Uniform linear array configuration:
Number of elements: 48
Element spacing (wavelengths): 0.75
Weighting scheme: kaiser
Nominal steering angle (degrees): -30
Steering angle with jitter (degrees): -29.183
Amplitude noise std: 0.05
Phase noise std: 0.05

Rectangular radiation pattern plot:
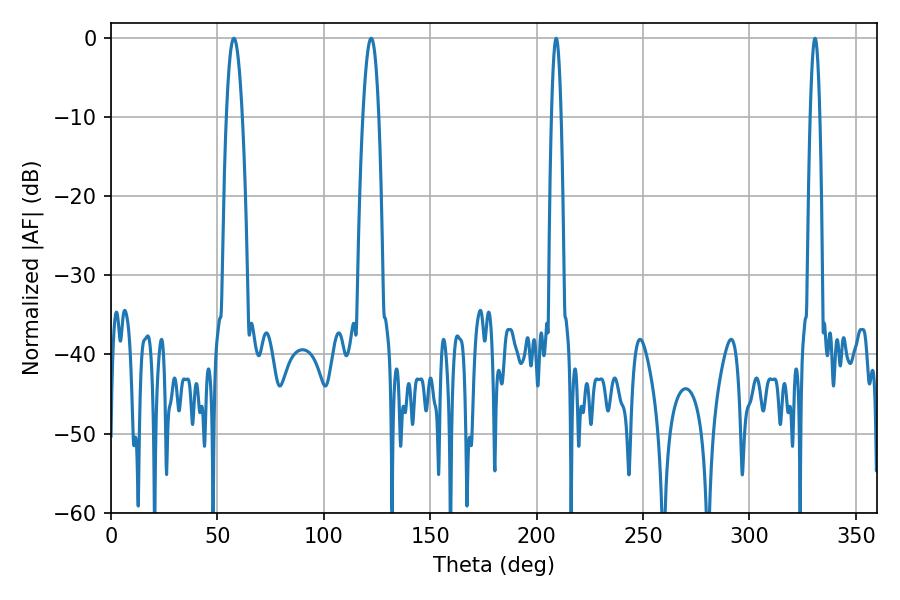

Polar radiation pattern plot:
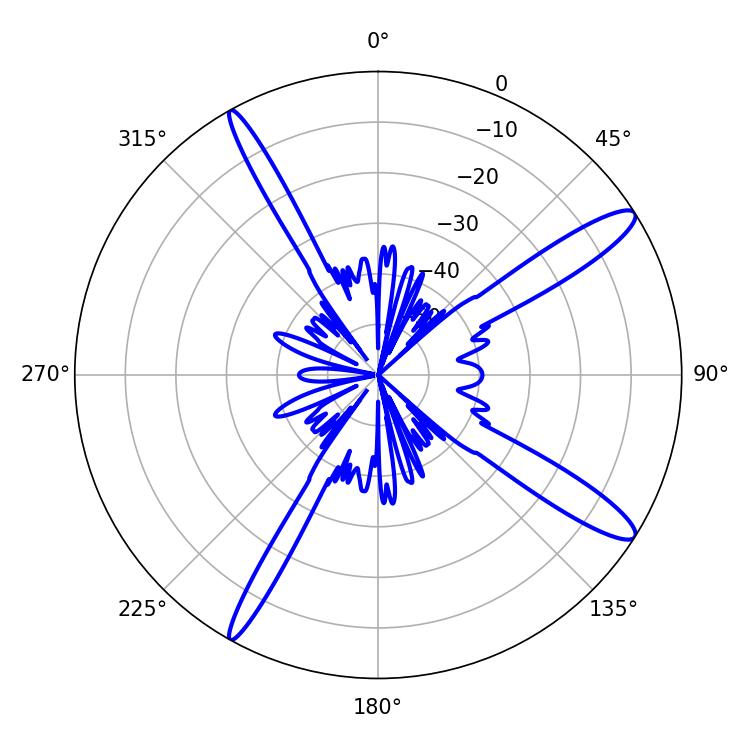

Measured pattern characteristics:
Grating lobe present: TRUE
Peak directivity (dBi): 13.672
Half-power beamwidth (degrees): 3.96
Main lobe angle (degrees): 57.78